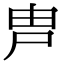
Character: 𡱋